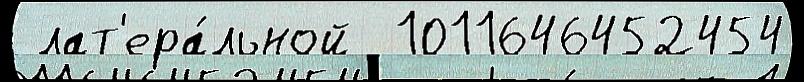
 лат'ера́льной  1011646452454